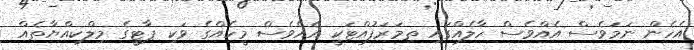
އެހެން ނަމަވެސް އެއްވެސް ހާލެއްގައި ތިމަރަފުއްޓަކީ އެއްވެސް މީހެއްގެ ވަކި ޕާޓީގެ މިލްކިއްޔާތެއް